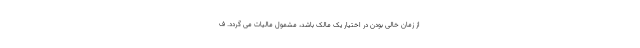
از زمان خالی بودن در اختیار یک مالک باشد، مشمول مالیات می گردد. ف